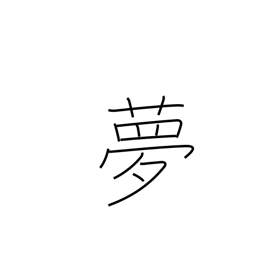
Meaning: vision